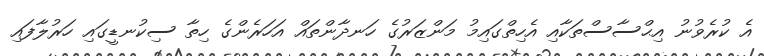
އެ ކުރެވުނު އިޙްސާސްތަކާއި އެހިތްގައިމު މަންޒަރުގެ ހަނދާންތައް އަހަރެންގެ ހިތާ ސިކުނޑީގައި ހަރުލާފައި